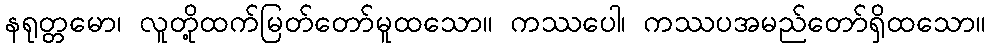
နရုတ္တမော၊ လူတို့ထက်မြတ်တော်မူထသော။ ကဿပေါ၊ ကဿပအမည်တော်ရှိထသော။